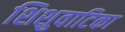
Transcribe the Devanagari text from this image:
शिशुवाटिका